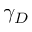
\gamma _ { D }